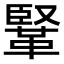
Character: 𩋆